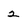
Character: 2